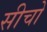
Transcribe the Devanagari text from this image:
सीचो